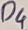
Text: D4